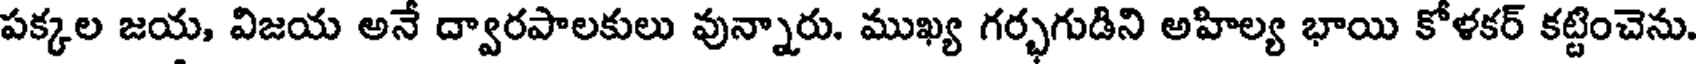
పక్కల జయ, విజయ అనే ద్వారపాలకులు వున్నారు. ముఖ్య గర్భగుడిని అహిల్య భాయి కోళకర్ కట్టించెను.